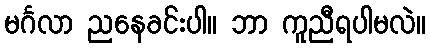
မင်္ဂလာ ညနေခင်းပါ။ ဘာ ကူညီရပါမလဲ။